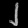
Digit: ၂